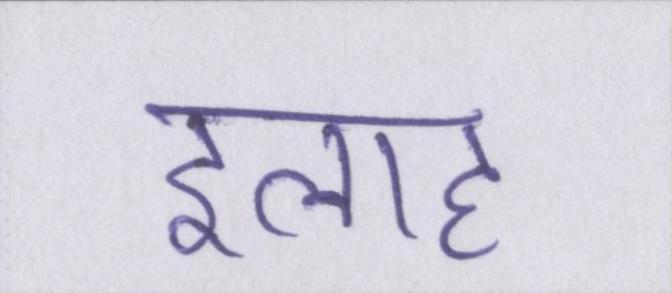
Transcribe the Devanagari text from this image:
इलाह